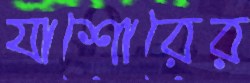
যাশোরের